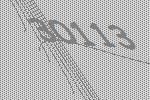
30113